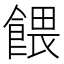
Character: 餵